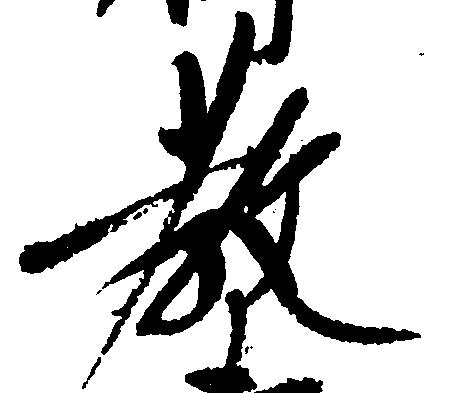
教